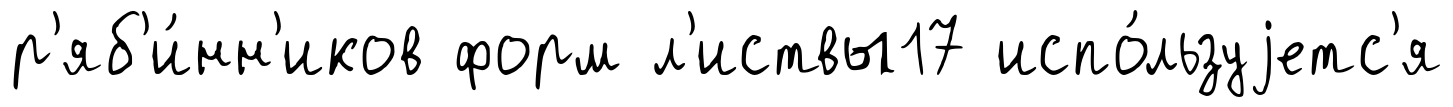
р'яб'и́нн'иков форм л'иствы17 испо́льзуjетс'я